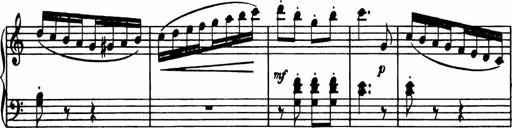
Title: Analytical Sonatinas
Composer: Frank Lynes